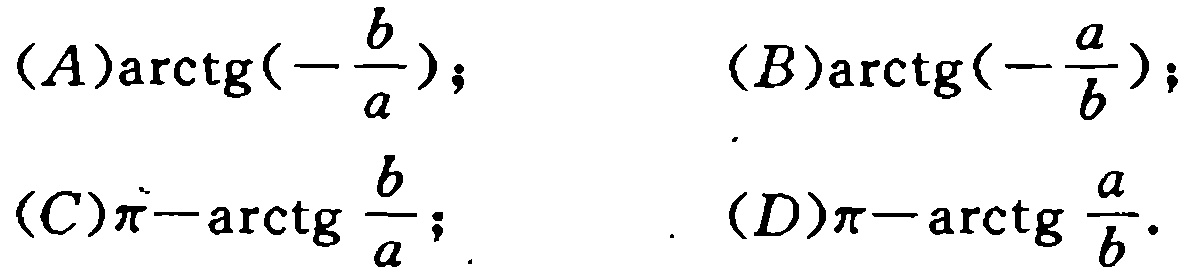
(A)$\arctg(-\frac{b}{a})$;  (B)$\arctg(-\frac{a}{b})$;
(C)$\pi-\arctg \frac{b}{a}$;  (D)$\pi-\arctg \frac{a}{b}$.